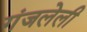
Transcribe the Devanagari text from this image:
गंजलेली